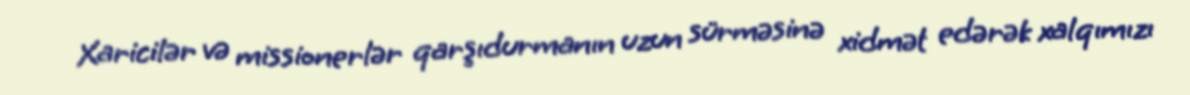
Xaricilər və missionerlər qarşıdurmanın uzun sürməsinə xidmət edərək xalqımızı